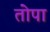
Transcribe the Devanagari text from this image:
तोपा